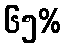
၆၅%